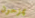
يمزحون